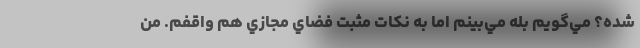
شده؟ مي‌گويم بله مي‌بينم اما به نكات مثبت فضاي مجازي هم واقفم. من